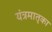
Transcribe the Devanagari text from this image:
यंत्रमातृका